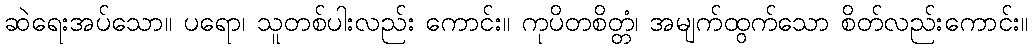
ဆဲရေးအပ်သော။ ပရော၊ သူတစ်ပါးလည်း ကောင်း။ ကုပိတစိတ္တံ၊ အမျက်ထွက်သော စိတ်လည်းကောင်း။